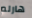
هارلم